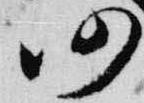
仍